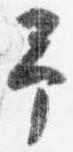
予